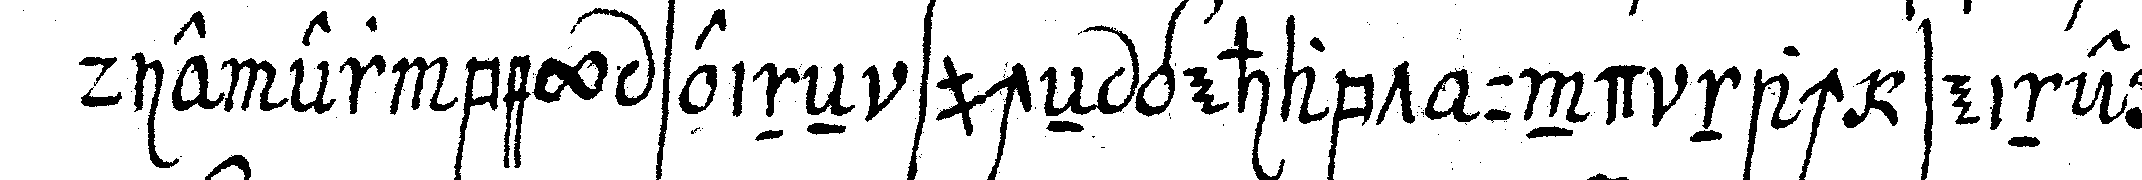
die er bey seineN sucheN gehabt und nach seiner